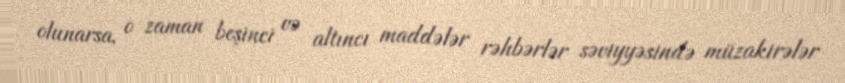
olunarsa, o zaman beşinci və altıncı maddələr rəhbərlər səviyyəsində müzakirələr